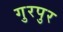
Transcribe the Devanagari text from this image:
गुरपुर